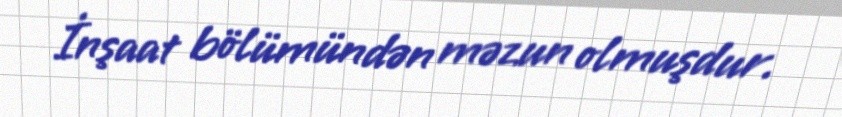
İnşaat bölümündən məzun olmuşdur.